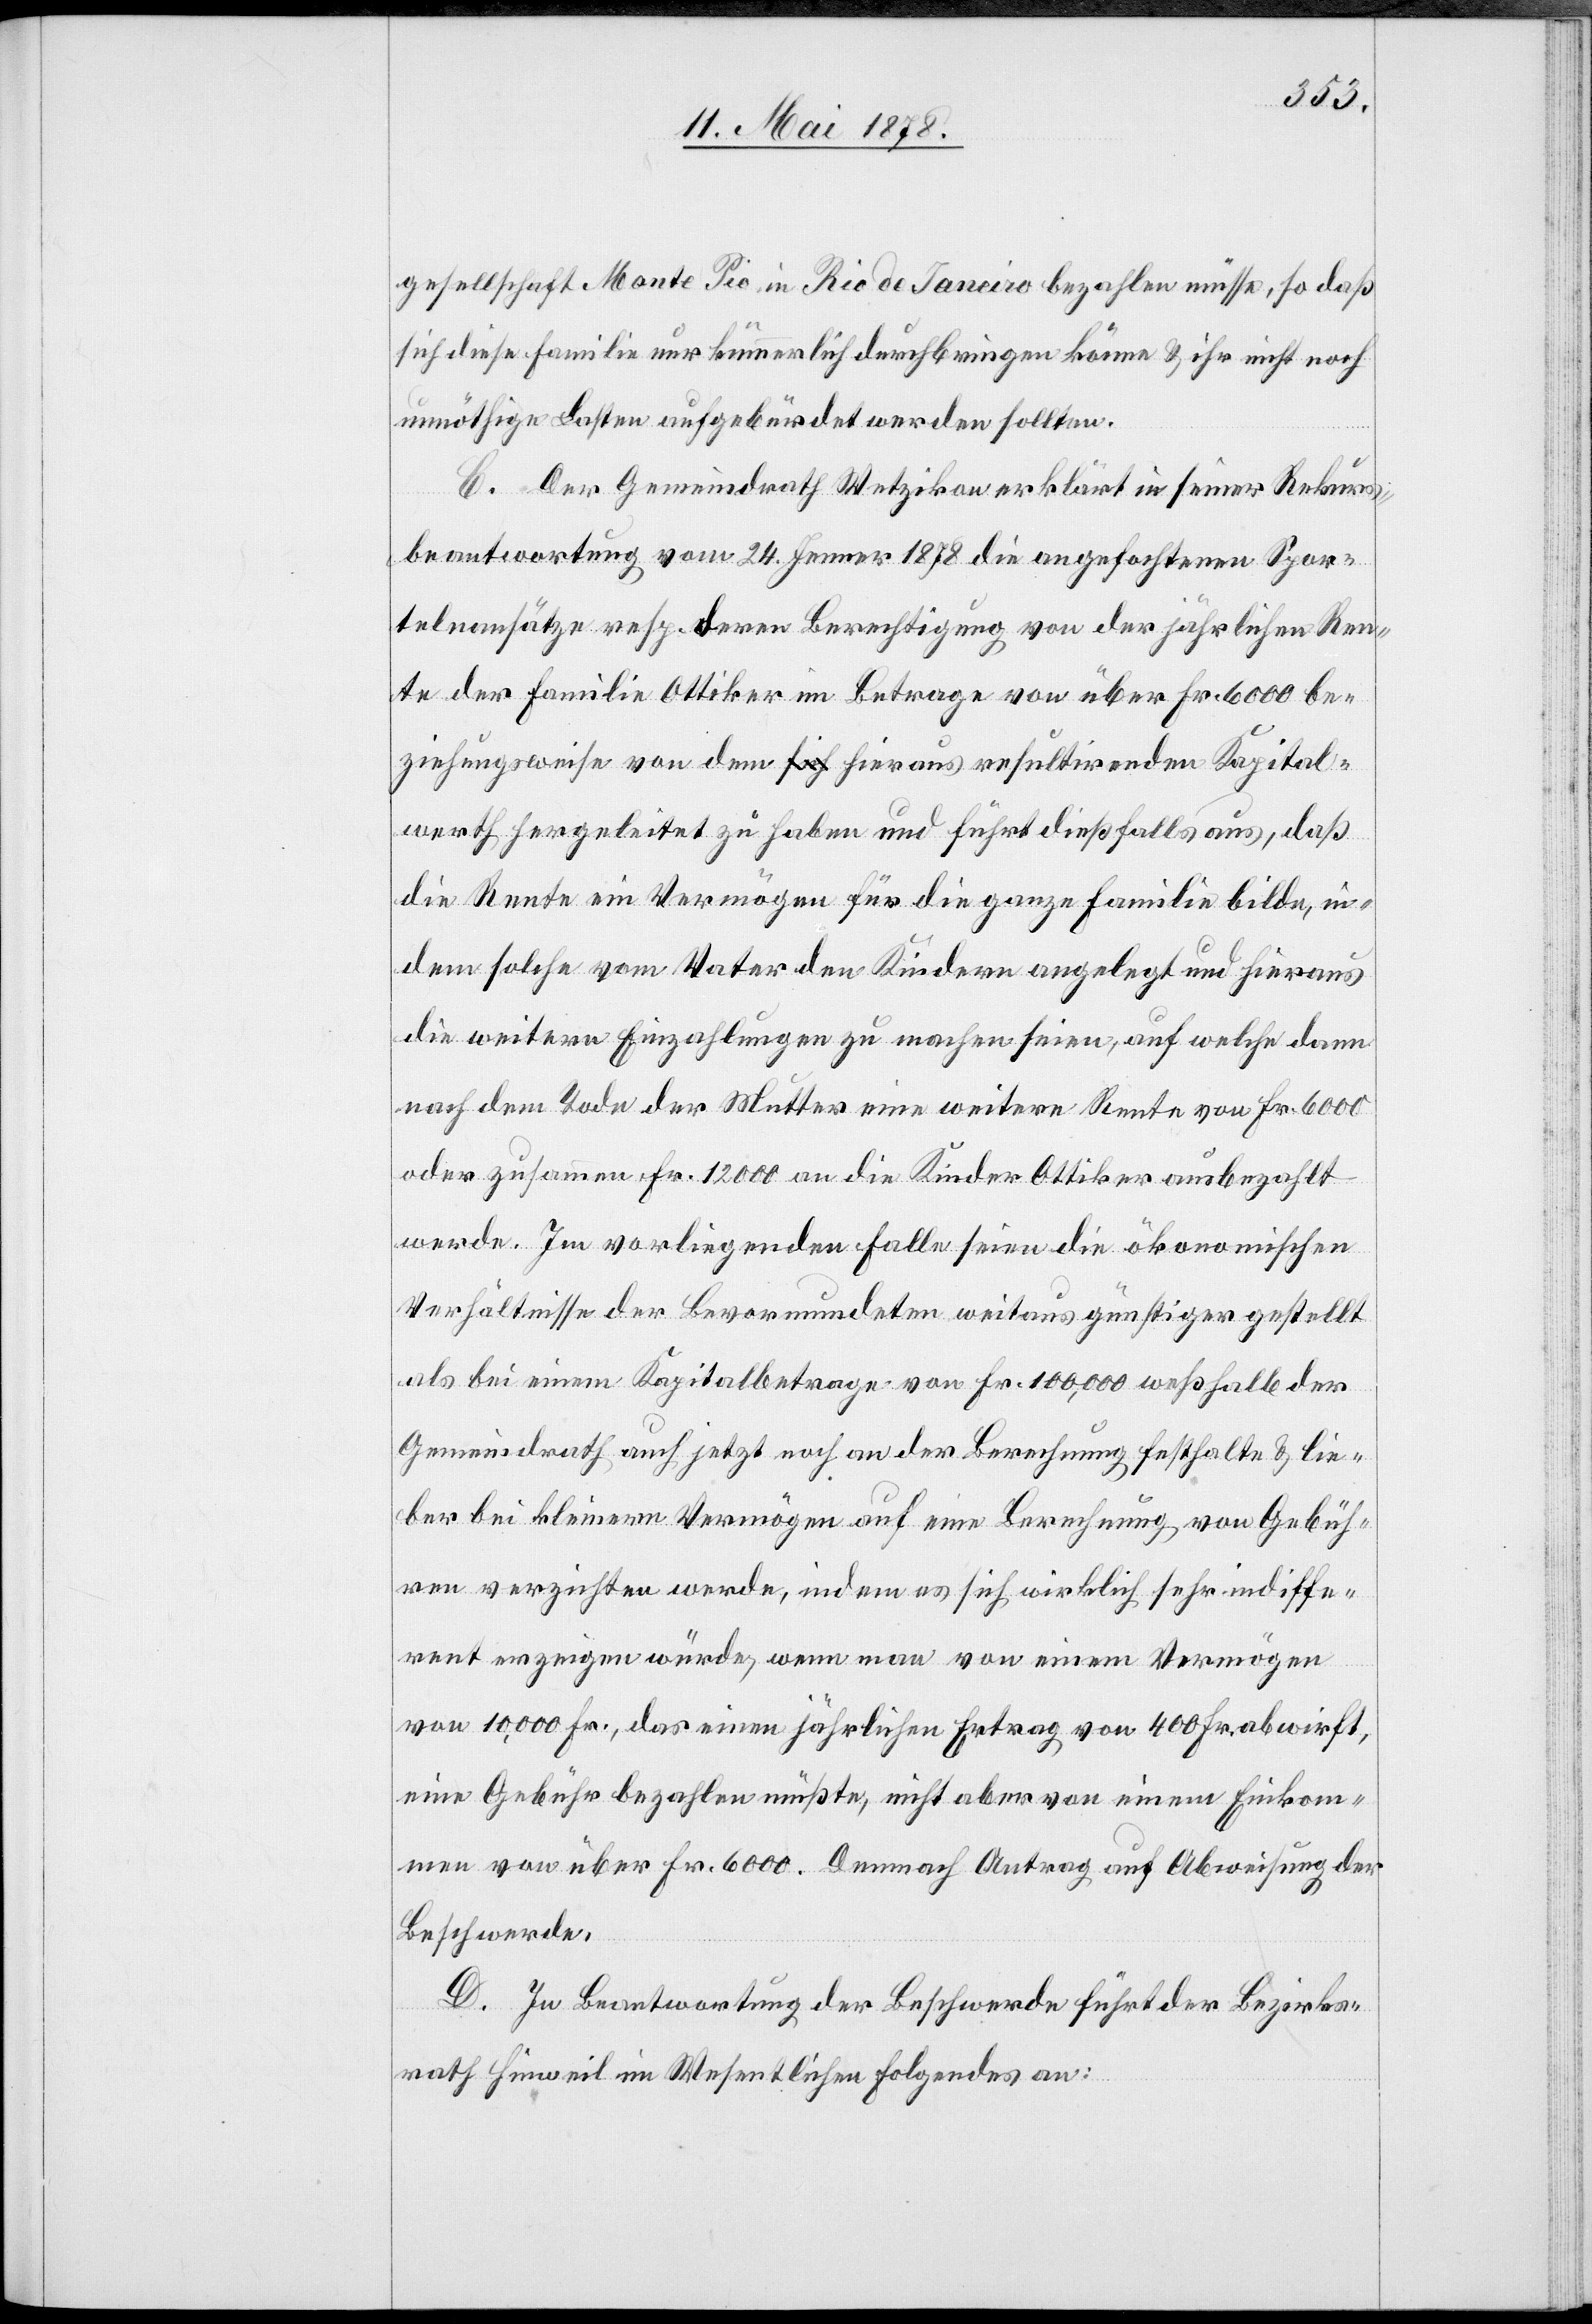
sellschaft Monte Pio in Rio de Janeiro bezahlen müsse, so daß
sich diese Familie nur kümmerlich durchbringen könne & ihr nicht noch
unnöthige Lasten aufgebürdet werden sollten.
C. Der Gemeindrath Wetzikon erklärt in seiner Rekurs¬
beantwortung vom 24. Jenner 1878 die angefochtenen Spor¬
telnansätze resp. deren Berechtigung von der jährlichen Ren¬
te der Familie Ottiker im Betrage von über Fr. 6000 be¬
ziehungsweise von dem hieraus resultirenden Kapital¬
werth hergeleitet zu haben und führt dießfalls aus, daß
die Rente ein Vermögen für die ganze Familie bilde, in¬
dem solche vom Vater den Kindern angelegt und hieraus
die weitern Einzahlungen zu machen seien, auf welche dann
nach dem Tode der Mutter eine weitere Rente von Fr. 6000
oder zusammen Fr. 12000 an die Kinder Ottiker ausbezahlt
werde. Im vorliegenden Falle seien die ökonomischen
Verhältnisse der Bevormundeten weitaus günstiger gestellt
als bei einem Kapitalbetrage von Fr. 100,000 weßhalb der
Gemeindrath auch jetzt noch an der Berechnung festhalte & lie¬
ber bei kleinerm Vermögen auf eine Berechnung von Gebüh¬
ren verzichten werde, indem es sich wirklich sehr indiffe¬
rent erzeigen würde, wenn man von einem Vermögen
von 10,000 Fr., das einen jährlichen Ertrag von 4000 Fr. abwirft,
eine Gebühr bezahlen müsste, nicht aber von einem Einkom¬
men von über Fr. 6000. Demnach Antrag auf Abweisung der
Beschwerde.
D. In Beantwortung der Beschwerde führt der Bezirks¬
rath Hinweil im Wesentlichen folgendes an: